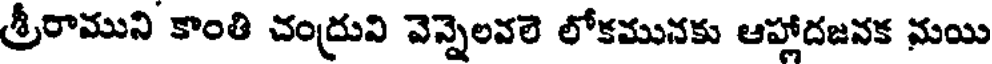
శ్రీరాముని కాంతి చంద్రువి వెన్నెలవలె లోకమునకు ఆహ్లాదజనక నుయి